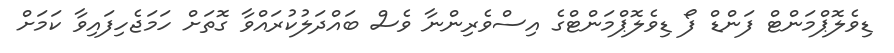
ޑިވެލޮޕްމަންޓް ފަންޑް ފޯ ޑިވެލޮޕްމަންޓްގެ އިސްވެރިންނާ ވެސް ބައްދަލުކުރައްވާ ގޮތަށް ހަމަޖެހިފައިވާ ކަމަށް